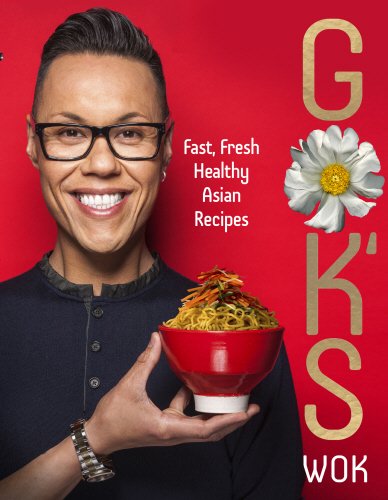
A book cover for Gok's Wok; Gok Wan; Cookbooks, Food & Wine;